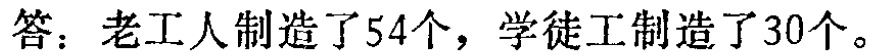
答：老工人制造了54个，学徒工制造了30个。